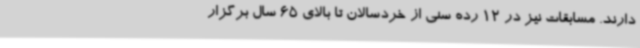
دارند. مسابقات نیز در 12 رده سنی از خردسالان تا بالای 65 سال برگزار